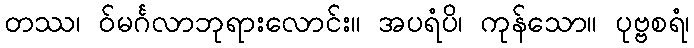
တဿ၊ ဝ်မင်္ဂလာဘုရားလောင်း။ အပရံပိ၊ ကုန်သော။ ပုဗ္ဗစရံ၊